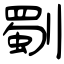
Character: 劅